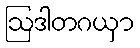
ဩဒါတဂယှာ